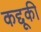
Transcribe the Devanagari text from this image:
कद्दूकी